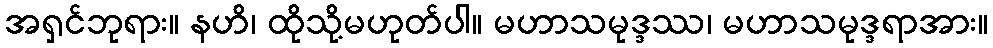
အရှင်ဘုရား။ နဟိ၊ ထိုသို့မဟုတ်ပါ။ မဟာသမုဒ္ဒဿ၊ မဟာသမုဒ္ဒရာအား။